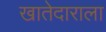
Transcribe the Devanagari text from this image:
खातेदाराला